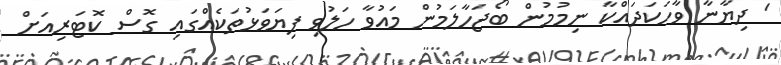
' ދިޔާނާ ވާހަކަދައްކާ ނިމުމުން ބޯޖަހާލަމުން މައުވާ ހަލުވި ފިޔަވަޅުތަކެއްގައި ގޮސް ކޮޓަރިއަށް